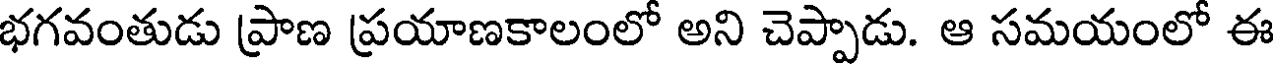
భగవంతుడు ప్రాణ ప్రయాణకాలంలో అని చెప్పాడు. ఆ సమయంలో ఈ